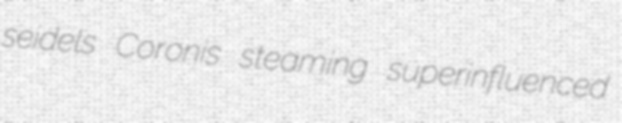
seidels Coronis steaming superinfluenced